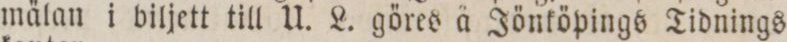
mälan i biljett till U. L. göres ä Jönköpings Tidnings